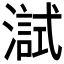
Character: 𤀏